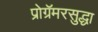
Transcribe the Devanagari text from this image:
प्रोग्रॅमरसुद्धा